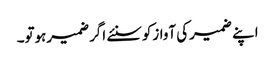
اپنے ضمیرکی آوازکوسنئے اگرضمیرہوتو۔